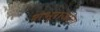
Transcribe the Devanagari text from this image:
शंभूराजांना